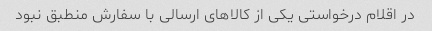
در اقلام درخواستی یکی از کالاهای ارسالی با سفارش منطبق نبود